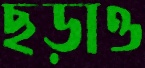
ছড়াও